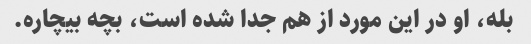
بله، او در این مورد از هم جدا شده است، بچه بیچاره.